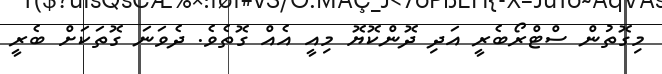
މިގޮތުން ސްޓްރޯބެރީ އަދި ދޮންކޮޔޮ މިއީ އެއް ގޮތެވެ. ދެވަނަ ގޮތަކަށް ބެރީ